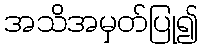
အသိအမှတ်ပြု၍